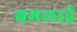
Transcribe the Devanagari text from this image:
बमलाई